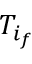
T _ { i _ { f } }